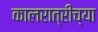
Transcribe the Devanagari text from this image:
कालरात्रीच्या